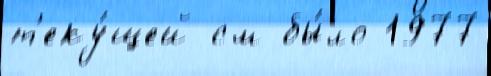
т'еку́щей см бы́ло 1977